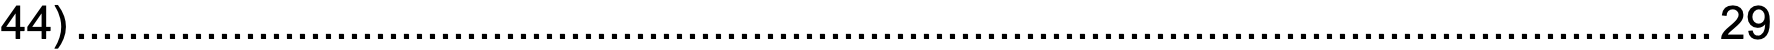
44)..............................................................................................................................29